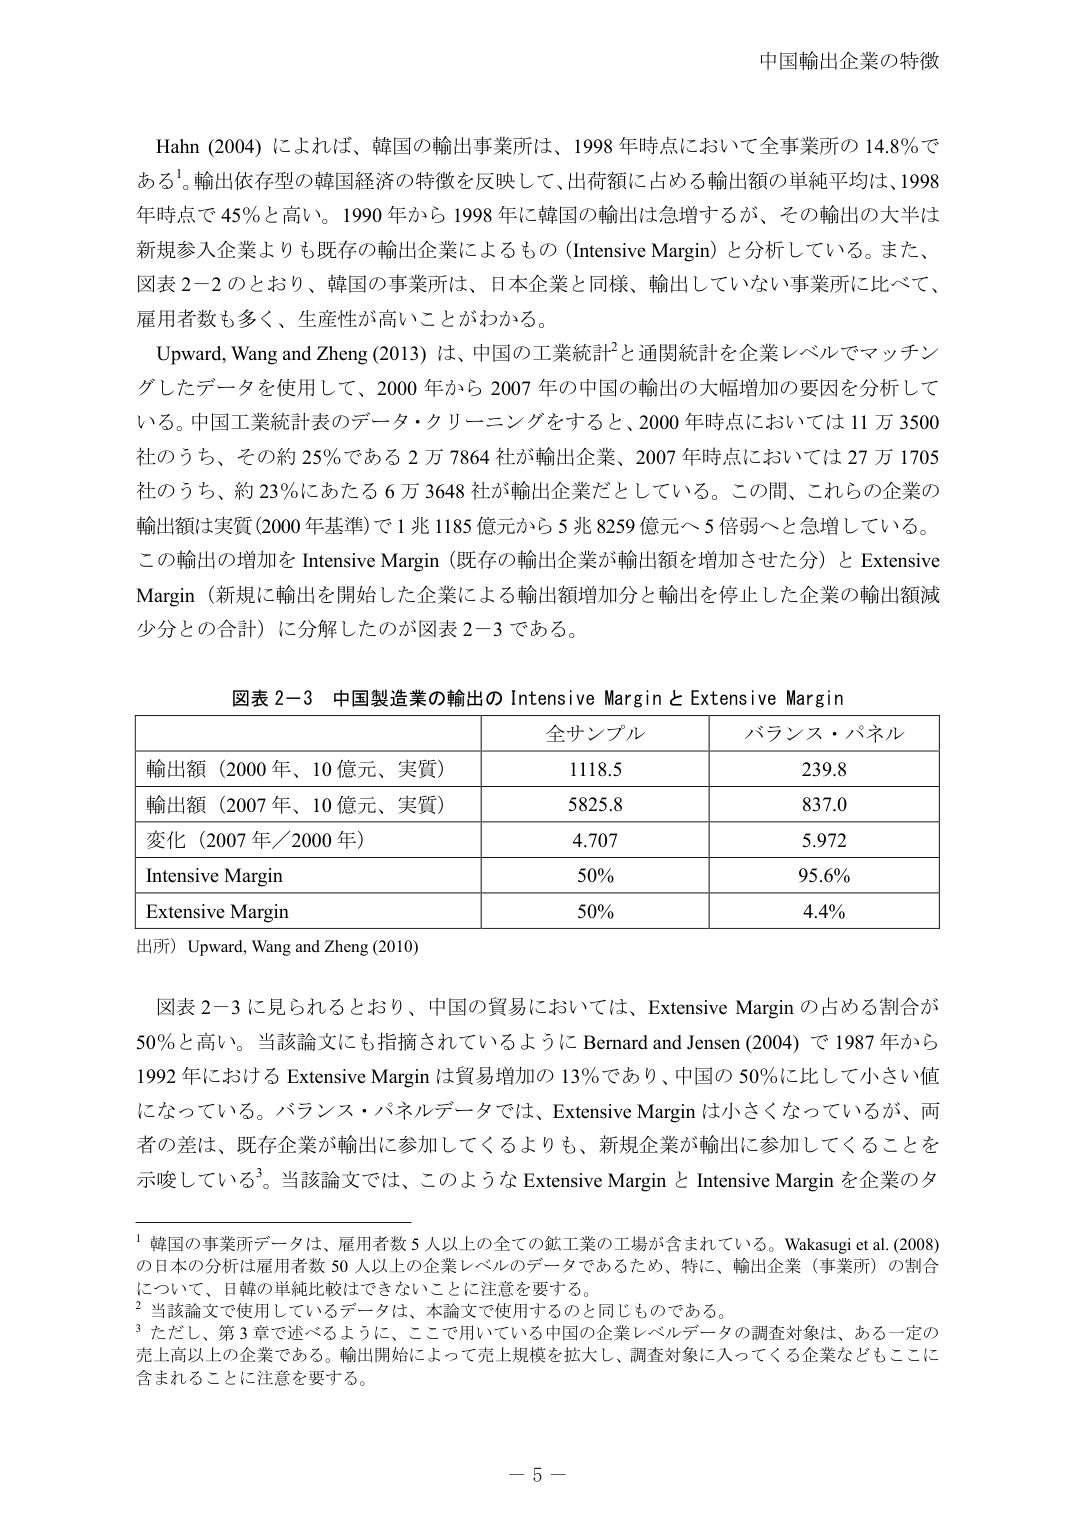
中国輸出企業の特徴

Hahn (2004) によれば、韓国の輸出事業所は、1998 年時点において全事業所の 14.8％である¹。輸出依存型の韓国経済の特徴を反映して、出荷額に占める輸出額の単純平均は、1998 年時点で 45％と高い。1990 年から 1998 年に韓国の輸出は急増するが、その輸出の大半は新規参入企業よりも既存の輸出企業によるもの（Intensive Margin）と分析している。また、図表 2-2 のとおり、韓国の事業所は、日本企業と同様、輸出していない事業所に比べて、雇用者数も多く、生産性が高いことがわかる。

Upward, Wang and Zheng (2013) は、中国の工業統計²と通関統計を企業レベルでマッチングしたデータを使用して、2000 年から 2007 年の中国の輸出の大幅増加の要因を分析している。中国工業統計表のデータ・クリーニングをすると、2000 年時点においては 11 万 3500 社のうち、その約 25％である 2 万 7864 社が輸出企業、2007 年時点においては 27 万 1705 社のうち、約 23％にあたる 6 万 3648 社が輸出企業だとしている。この間、これらの企業の輸出額は実質（2000 年基準）で 1 兆 1185 億元から 5 兆 8259 億元へ 5 倍弱へと急増している。この輸出の増加を Intensive Margin（既存の輸出企業が輸出額を増加させた分）と Extensive Margin（新規に輸出を開始した企業による輸出額増加分と輸出を停止した企業の輸出額減少分との合計）に分解したのが図表 2-3 である。

図表 2-3 中国製造業の輸出の Intensive Margin と Extensive Margin

| | 全サンプル | バランス・パネル |
|---|---|---|
| 輸出額（2000 年、10 億元、実質） | 1118.5 | 239.8 |
| 輸出額（2007 年、10 億元、実質） | 5825.8 | 837.0 |
| 変化（2007 年／2000 年） | 4.707 | 5.972 |
| Intensive Margin | 50％ | 95.6％ |
| Extensive Margin | 50％ | 4.4％ |

出所）Upward, Wang and Zheng (2010)

図表 2-3 に見られるとおり、中国の貿易においては、Extensive Margin の占める割合が 50％と高い。当該論文にも指摘されているように Bernard and Jensen (2004) で 1987 年から 1992 年における Extensive Margin は貿易増加の 13％であり、中国の 50％に比して小さい値になっている。バランス・パネルデータでは、Extensive Margin は小さくなっているが、両者の差は、既存企業が輸出に参加してくるよりも、新規企業が輸出に参加してくることを示唆している³。当該論文では、このような Extensive Margin と Intensive Margin を企業のタ

¹ 韓国の事業所データは、雇用者数 5 人以上の全ての鉱工業の工場が含まれている。Wakasugi et al. (2008) の日本の分析は雇用者数 50 人以上の企業レベルのデータであるため、特に、輸出企業（事業所）の割合について、日韓の単純比較はできないことに注意を要する。

² 当該論文で使用しているデータは、本論文で使用するのと同じものである。

³ ただし、第 3 章で述べるように、ここで用いている中国の企業レベルデータの調査対象は、ある一定の売上高以上の企業である。輸出開始によって売上規模を拡大し、調査対象に入ってくる企業などもここに含まれることに注意を要する。

－ 5 －